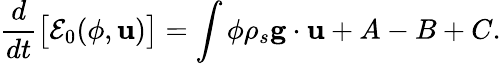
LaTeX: \frac{d}{dt}\big[\mathcal E_{0}(\phi,{\mathbf u})\big]=\int\phi\rho_{s}{\mathbf g}\cdot{\mathbf u}+A-B+C.